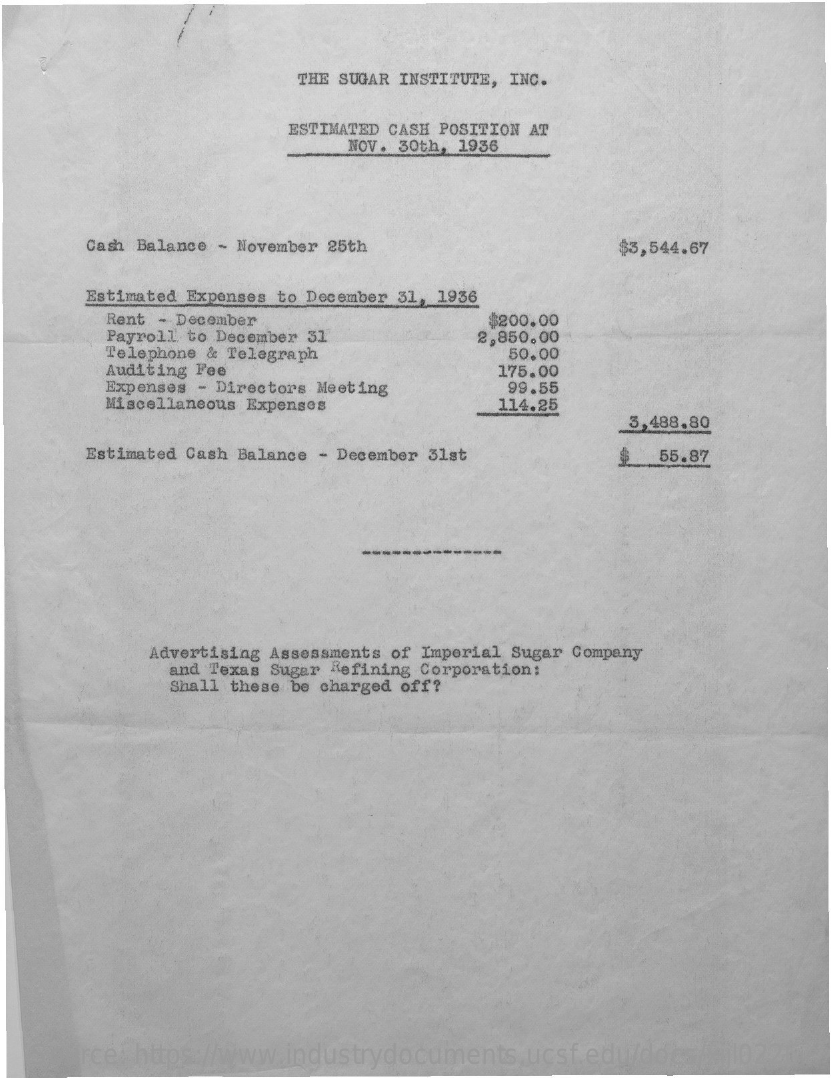
THE SUGAR INSTITUTE, INC.
     ESTIMATED CASH POSITION AT
     NOV. 30th, 1936
     Cash Balance - November 25th    $3,544.67
     Estimated Expenses to December 31, 1936
     Rent - December
     Payroll to December 31
     $200.00
     Telephone & Telegraph
     2,850.00
     Auditing Fee
     50.00
     Expenses - Directors Meeting
     175.00
     Miscellaneous Expenses
     99.55
     114.25
     3,488.80
     Estimated Cash Balance - December 31st    55.87
     Advertising Assessments of Imperial Sugar Company
     and Texas Sugar Refining Corporation:
     Shall these be charged off?
   Source: https://www.industrydocuments.ucsf.edu/docs/xjjl0226